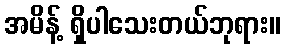
အမိန့် ရှိပါသေးတယ်ဘုရား။